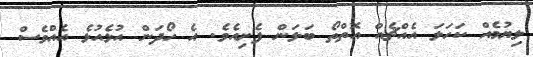
ލިޔުމެއް ކަހަލަ އެއްޗެއް އޮތްތޯ ބަލަން ފެށިއެވެ. އެ ހޯދަން އުޅެއުޅެ އެއްވެސް